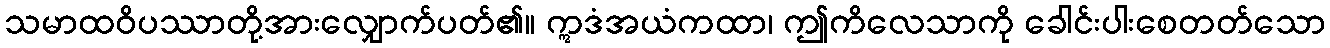
သမာထဝိပဿာတို့အားလျှောက်ပတ်၏။ ဣဒံအယံကထာ၊ ဤကိလေသာကို ခေါင်းပါးစေတတ်သော